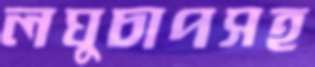
লঘুচাপসহ